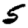
Digit: 5